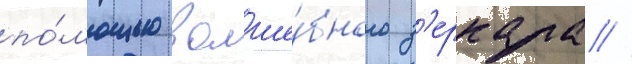
по́мощью волше́бного з'еркала //